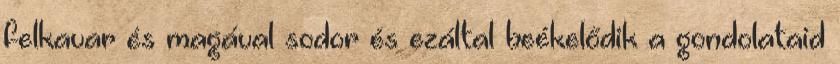
felkavar és magával sodor és ezáltal beékelődik a gondolataid